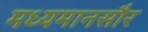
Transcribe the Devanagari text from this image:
मध्यमानसौर